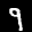
Label: 9